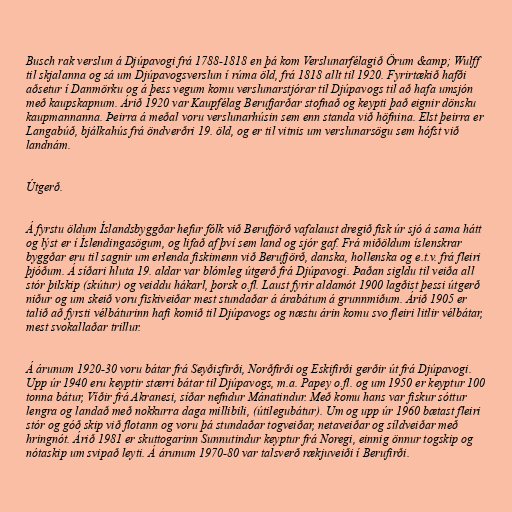
Busch rak verslun á Djúpavogi frá 1788-1818 en þá kom Verslunarfélagið Örum &amp; Wulff
til skjalanna og sá um Djúpavogsverslun í rúma öld, frá 1818 allt til 1920. Fyrirtækið hafði
aðsetur í Danmörku og á þess vegum komu verslunarstjórar til Djúpavogs til að hafa umsjón
með kaupskapnum. Árið 1920 var Kaupfélag Berufjarðar stofnað og keypti það eignir dönsku
kaupmannanna. Þeirra á meðal voru verslunarhúsin sem enn standa við höfnina. Elst þeirra er
Langabúð, bjálkahús frá öndverðri 19. öld, og er til vitnis um verslunarsögu sem hófst við
landnám.

Útgerð.

Á fyrstu öldum Íslandsbyggðar hefur fólk við Berufjörð vafalaust dregið fisk úr sjó á sama hátt
og lýst er í Íslendingasögum, og lifað af því sem land og sjór gaf. Frá miðöldum íslenskrar
byggðar eru til sagnir um erlenda fiskimenn við Berufjörð, danska, hollenska og e.t.v. frá fleiri
þjóðum. Á síðari hluta 19. aldar var blómleg útgerð frá Djúpavogi. Þaðan sigldu til veiða all
stór þilskip (skútur) og veiddu hákarl, þorsk o.fl. Laust fyrir aldamót 1900 lagðist þessi útgerð
niður og um skeið voru fiskiveiðar mest stundaðar á árabátum á grunnmiðum. Árið 1905 er
talið að fyrsti vélbáturinn hafi komið til Djúpavogs og næstu árin komu svo fleiri litlir vélbátar,
mest svokallaðar trillur.

Á árunum 1920-30 voru bátar frá Seyðisfirði, Norðfirði og Eskifirði gerðir út frá Djúpavogi.
Upp úr 1940 eru keyptir stærri bátar til Djúpavogs, m.a. Papey o.fl. og um 1950 er keyptur 100
tonna bátur, Víðir frá Akranesi, síðar nefndur Mánatindur. Með komu hans var fiskur sóttur
lengra og landað með nokkurra daga millibili, (útilegubátur). Um og upp úr 1960 bætast fleiri
stór og góð skip við flotann og voru þá stundaðar togveiðar, netaveiðar og síldveiðar með
hringnót. Árið 1981 er skuttogarinn Sunnutindur keyptur frá Noregi, einnig önnur togskip og
nótaskip um svipað leyti. Á árunum 1970-80 var talsverð rækjuveiði í Berufirði.